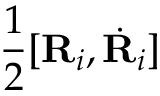
\frac 1 2 [ { \bf R } _ { i } , \dot { \bf R } _ { i } ]